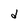
Character: d